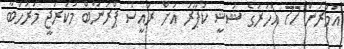
އުމުރުން 77 އަހަރުގެ ޝަޝީ ކަޕޫރު އަށް ރައީސް ޕްރަނާބް މުކަރުޖީ މަރުހަބާ